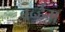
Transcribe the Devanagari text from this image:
बर्न्हम